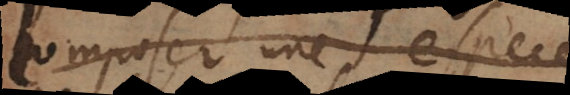
composer une espece